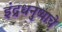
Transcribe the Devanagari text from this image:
इंद्रधनुष्याचे